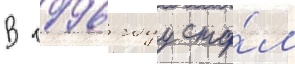
В 1996 году ста́л